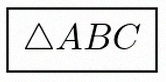
\triangle ABC